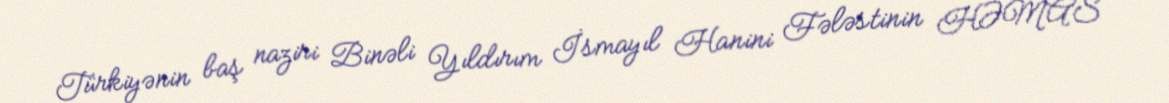
Türkiyənin baş naziri Binəli Yıldırım İsmayıl Hanini Fələstinin HƏMAS